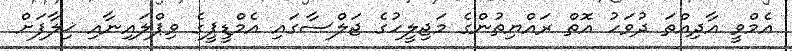
އެމްވީ އާދިއްތަ ދުވަހު އޮތް ރައްޔިތުންގެ މަޖިލީހުގެ ޖަލްސާގައި އެމްޑީޕީގެ ވިޕްލައިނާއި ޚިލާފަށް